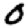
Digit: 0